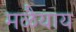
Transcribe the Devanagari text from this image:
मळैयाय